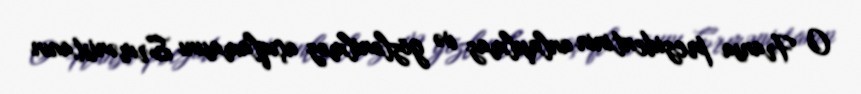
O Fransa prezidentinin anlaşılmaz və gözlənilməz açıqlamasını Ermənistanın